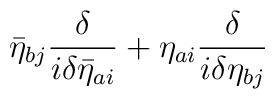
\bar\eta_{bj} \frac{\delta}{i\delta \bar\eta_{ai} }+\eta_{ai} \frac{\delta}{i\delta \eta_{bj} }